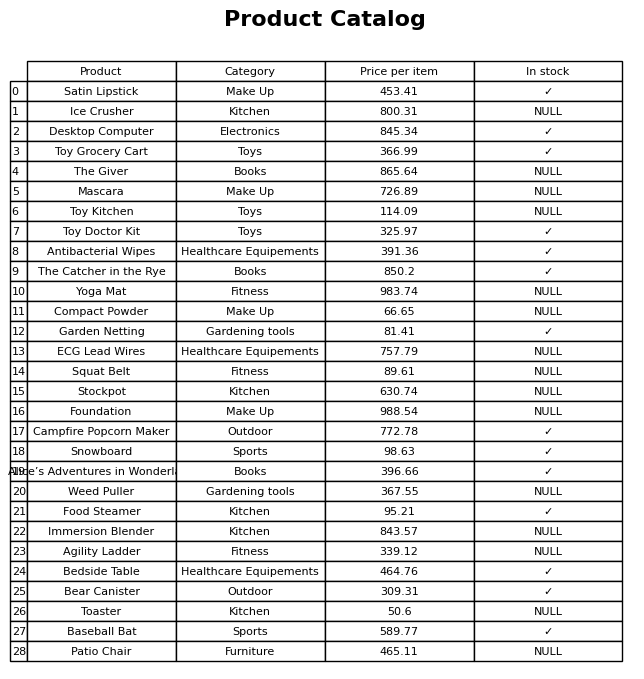
question: What is the price of the Agility Ladder?
answer: The price of Agility Ladder is 339.12.